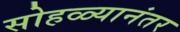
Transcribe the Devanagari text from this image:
सोहळ्यानंतर